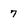
Character: 7